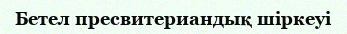
Бетел пресвитериандық шіркеуі